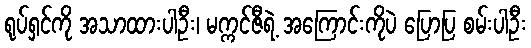
ရုပ်ရှင်ကို အသာထားပါဦး၊ မက္ကင်ဇီရဲ့ အကြောင်းကိုပဲ ပြောပြ စမ်းပါဦး